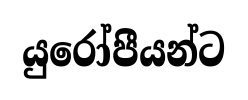
යුරෝපීයන්ට